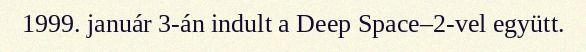
1999. január 3-án indult a Deep Space–2-vel együtt.